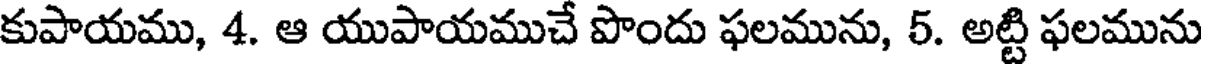
కుపాయము, 4. ఆ యుపాయముచే పొందు ఫలమును, 5. అట్టి ఫలమును